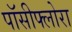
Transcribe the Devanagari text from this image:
पॉसीफ्लोरा